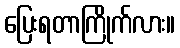
ပြေးရတာကြိုက်လား။